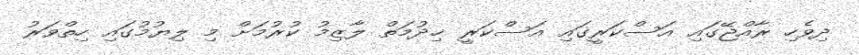
ދިވެހި ރާއްޖޭގައި އަސްކަރީގައި އަސްކަރީ ޚިދުމަތް ލާޒިމު ކުރުމަށް މި ލިޔުމުގައި ހިތްވަރު